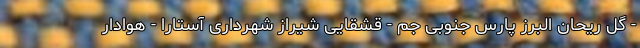
- گل ریحان البرز پارس جنوبی جم - قشقایی شیراز شهرداری آستارا - هوادار